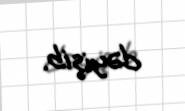
dəyişib.